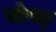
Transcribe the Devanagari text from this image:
चोपङ्